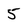
Character: 5